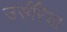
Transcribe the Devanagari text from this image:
उर्सरिया